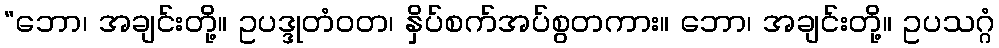
“ဘော၊ အချင်းတို့။ ဥပဒ္ဒုတံဝတ၊ နှိပ်စက်အပ်စွတကား။ ဘော၊ အချင်းတို့။ ဥပသဂ္ဂံ